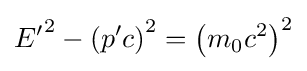
{E'}^{2}-\left(p'c\right)^{2}=\left(m_{0}c^{2}\right)^{2}